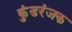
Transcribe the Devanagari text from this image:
कुंडरंजक